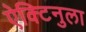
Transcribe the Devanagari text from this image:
ऐक्टिनुला